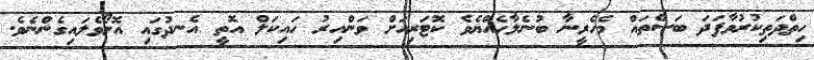
ހިތްދަތިކުރުވާފަދަ ބަސްތައް މެހެރީނާ ބުނެލާހެއްޔެވެ ކޮޓަރިއަށް ވަންއިރު ހައިކަލް އޮތީ އެނދުގައި އޮށޯވެލައިގެންނެވެ.